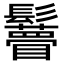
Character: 𩯼